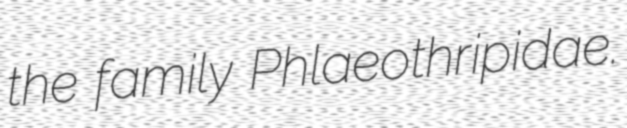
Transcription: the family Phlaeothripidae.